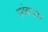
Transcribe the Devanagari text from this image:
सांबरांवर